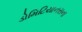
ડોમિટિયાનસના